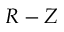
R - Z